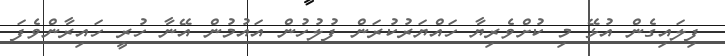
ފިލައިގެން އުޅޭ މި ކުށްވެރިޔާ ހައްޔަރުކުރަން ފުލުހުން އައުމުން އޭނާ ހުރީ ހައިރާންވެފަ